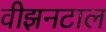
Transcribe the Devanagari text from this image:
वीझनटाल